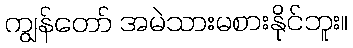
ကျွန်တော် အမဲသားမစားနိုင်ဘူး။